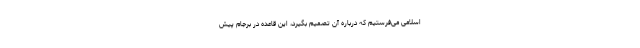
اسلامی می‌فرستیم که درباره آن تصمیم بگیرد، این قاعده در برجام پیش